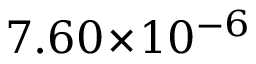
7 . 6 0 \! \times \! 1 0 ^ { - 6 }